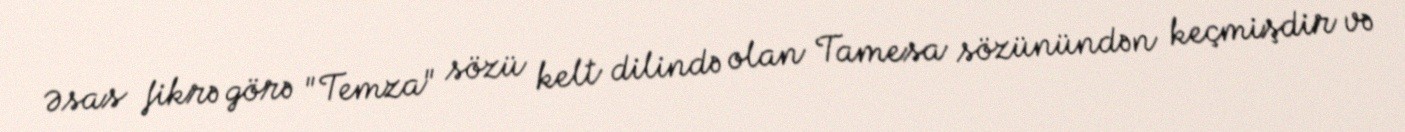
Əsas fikrə görə "Temza" sözü kelt dilində olan Tamesa sözünündən keçmişdir və